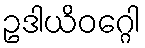
ဥဒါယိဝဂ္ဂေါ